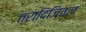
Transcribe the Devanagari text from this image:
त्रादिजितल